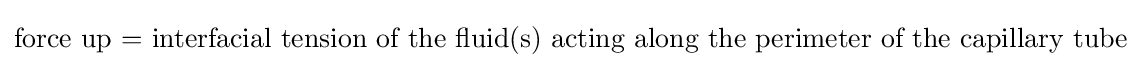
{\text{force up = interfacial tension of the fluid(s) acting along the perimeter of the capillary tube}}